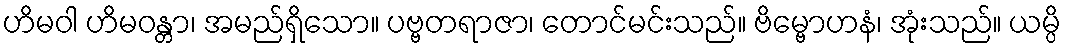
ဟိမဝါ ဟိမဝန္တာ၊ အမည်ရှိသော။ ပဗ္ဗတရာဇာ၊ တောင်မင်းသည်။ ဗိမ္ဗောဟနံ၊ အုံးသည်။ ယမ္ပိ